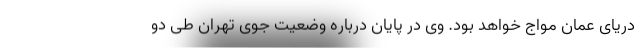
دریای عمان مواج خواهد بود. وی در پایان درباره وضعیت جوی تهران طی دو